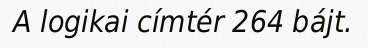
A logikai címtér 264 bájt.